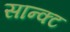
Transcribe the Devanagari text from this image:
सान्क्ट